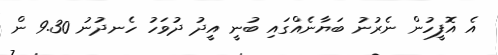
އެ އޮފީހުން ނެރުނު ބަޔާނެއްގައި ބުނީ އީދު ދުވަހު ހެނދުނު 9.30 ން